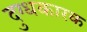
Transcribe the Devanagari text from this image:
दुग्धकारक